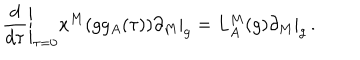
\left. \frac { d } { d \tau } \right| _ { \tau = 0 } x ^ { M } ( g g _ { A } ( \tau ) ) \partial _ { M } | _ { g } = L _ { A } ^ { M } ( g ) \partial _ { M } | _ { g } \, .